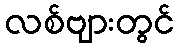
လစ်ဗျားတွင်